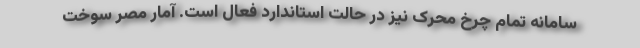
سامانه تمام چرخ محرک نیز در حالت استاندارد فعال است. آمار مصر سوخت